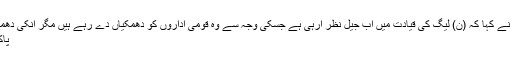
وسیم چوہدری اور شیخ خرم نے کہا کہ (ن) لیگ کی قیادت میں اب جیل نظر آرہی ہے جسکی وجہ سے وہ قومی اداروں کو دھمکیاں دے رہے ہیں مگر انکی دھمکیاں کسی کام نہیں آئیں گے
پاکستانووٹعام انتخابات 2018